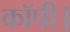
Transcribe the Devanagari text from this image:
कॉपी।